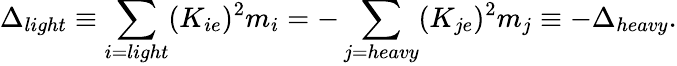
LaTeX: \Delta_{light}\equiv\sum_{i=light}(K_{ie})^{2}m_{i}=-\sum_{j=heavy}(K_{je})^{2}m_{j}\equiv-\Delta_{heavy}.